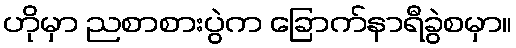
ဟိုမှာ ညစာစားပွဲက ခြောက်နာရီခွဲစမှာ။